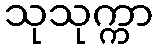
သုသုက္ကာ